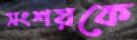
সংশয়কে